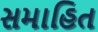
સમાહિત